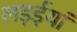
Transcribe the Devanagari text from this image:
लड़ईयां